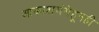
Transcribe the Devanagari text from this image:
आकाशगंगेहूनही